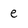
Character: e